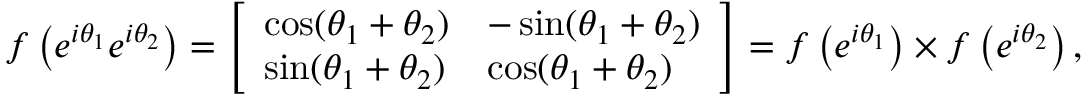
f \left( e ^ { i \theta _ { 1 } } e ^ { i \theta _ { 2 } } \right) = { \left[ \begin{array} { l l } { \cos ( \theta _ { 1 } + \theta _ { 2 } ) } & { - \sin ( \theta _ { 1 } + \theta _ { 2 } ) } \\ { \sin ( \theta _ { 1 } + \theta _ { 2 } ) } & { \cos ( \theta _ { 1 } + \theta _ { 2 } ) } \end{array} \right] } = f \left( e ^ { i \theta _ { 1 } } \right) \times f \left( e ^ { i \theta _ { 2 } } \right) ,